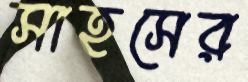
সাহসের